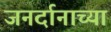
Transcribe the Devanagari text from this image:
जनर्दानाच्या